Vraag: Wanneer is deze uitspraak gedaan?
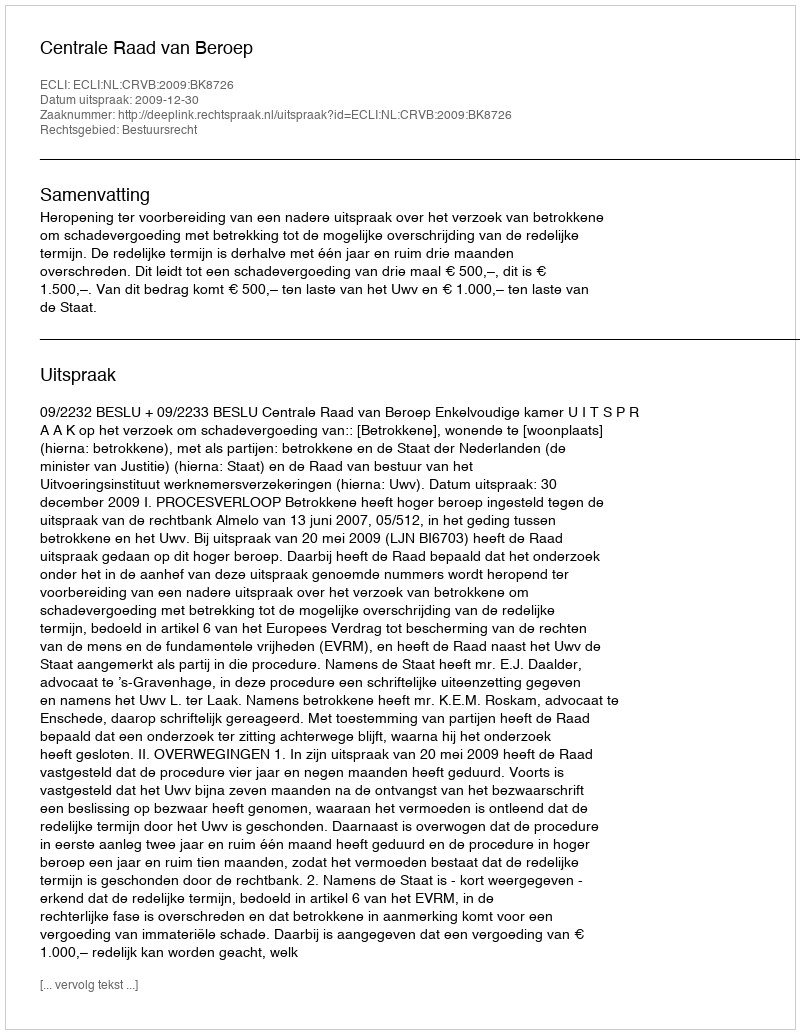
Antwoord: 2009-12-30